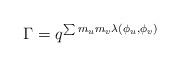
LaTeX: \begin{align*}\Gamma = q^{\sum m_u m_v \lambda(\phi_u,\phi_v)}\end{align*}